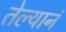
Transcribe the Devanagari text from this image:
तेल्यानं